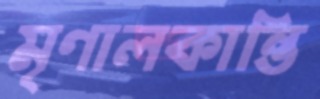
মৃণালকান্তি